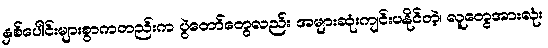
နှစ်ပေါင်းများစွာကတည်းက ပွဲတော်တွေလည်း အများဆုံးကျင်းပနိုင်တဲ့၊ လူတွေအားလုံး